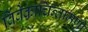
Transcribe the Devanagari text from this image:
विवेकाचिन्तामणी